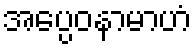
အပ္ပေဝနာမာဟံ